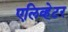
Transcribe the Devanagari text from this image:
एलिव्हेटर